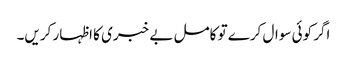
اگر کوئی سوال کرے تو کامل بے خبری کا اظہار کریں۔